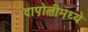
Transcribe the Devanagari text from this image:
दापोलीमध्ये